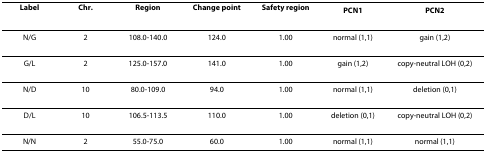
| Label | Chr. | Region | Change point | Safety region | PCN1 | PCN2 |
 | --- | --- | --- | --- | --- | --- | --- |
 | N/G | 2 | 108.0-140.0 | 124.0 | 1.00 | normal (1,1) | gain (1,2) |
 | G/L | 2 | 125.0-157.0 | 141.0 | 1.00 | gain (1,2) | copy-neutral LOH (0,2) |
 | N/D | 10 | 80.0-109.0 | 94.0 | 1.00 | normal (1,1) | deletion (0,1) |
 | D/L | 10 | 106.5-113.5 | 110.0 | 1.00 | deletion (0,1) | copy-neutral LOH (0,2) |
 | N/N | 2 | 55.0-75.0 | 60.0 | 1.00 | normal (1,1) | normal (1,1) |